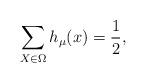
LaTeX: \begin{align*} \sum_{X \in \Omega} h_{\mu}(x) = \frac{1}{2}, \end{align*}